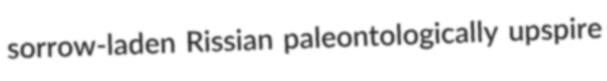
sorrow-laden Rissian paleontologically upspire